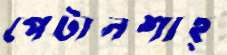
পেটানশাহ্